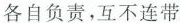
各自负责，互不连带